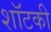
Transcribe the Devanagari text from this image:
शॉटकी